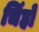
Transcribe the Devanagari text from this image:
चिंहो